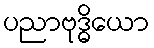
ပညာဗုဒ္ဓိယော